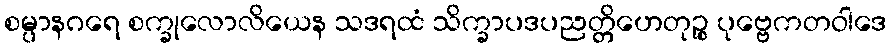
စမ္ပာနဂရေ စက္ခုလောလိယေန သဒရထံ သိက္ခာပဒပညတ္တိဟေတုဉ္စ ပုဗ္ဗေကတဝါဒေ